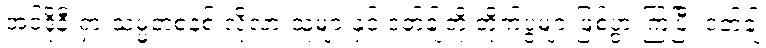
အင်ဒိုနီးရှားသမ္မတစနစ် လိုလားသူများနှင့် ဒတ်ချ်တို့ တိုက်ပွဲများဖြစ်ပွားကြပြီး ဒတ်ချ်